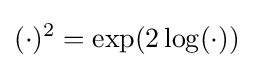
(\cdot )^{2}=\exp(2\log(\cdot ))